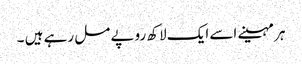
ہر مہینے اسے ایک لاکھ روپے مل رہے ہیں ۔